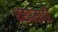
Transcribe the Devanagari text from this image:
शंखासाठी